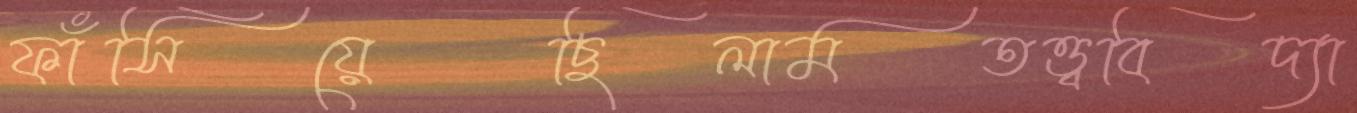
ফাঁসিয়েছিলামতত্ত্ববিদ্যা